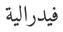
فيدرالية